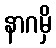
နာဂမှိ